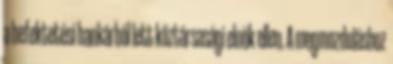
a befektetési bankárból lett köztársasági elnök ellen. A megmozduláshoz